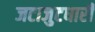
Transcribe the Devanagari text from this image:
जटाजुटधारी